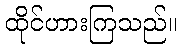
ထိုင်ဟားကြသည်။